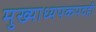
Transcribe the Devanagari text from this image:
मुख्याध्यपकपदही